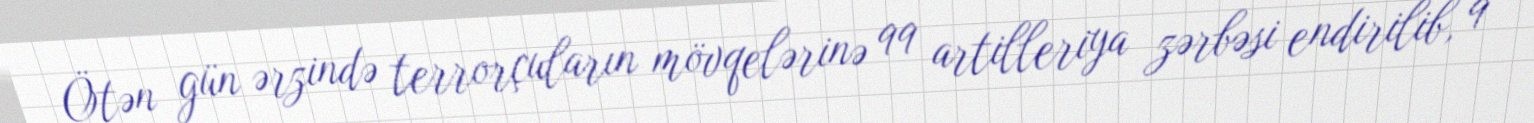
Ötən gün ərzində terrorçuların mövqelərinə 99 artilleriya zərbəsi endirilib, 9